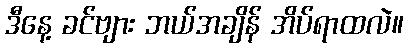
ဒီနေ့ ခင်ဗျား ဘယ်အချိန် အိပ်ရာထလဲ။